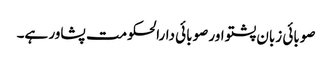
صوبائی زبان پشتو اور صوبائی دارالحکومت پشاور ہے۔